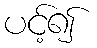
ပင့်၍